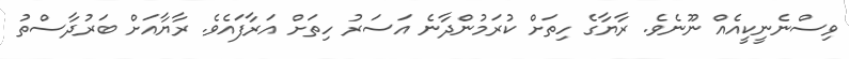
ވިސްނެނީކީއެއް ނޫނެވެ. ރާޔާގެ ހިތަށް ކުރަމުންދާނެ އަސަރު ހިތަށް އަރާފައެވެ. ރާޔާއަށް ބަރުދާސްތު